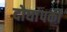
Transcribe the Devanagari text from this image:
दोघांपकी